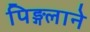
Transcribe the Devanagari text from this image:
पिङ्गलाने